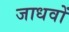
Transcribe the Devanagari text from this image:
जाधवों